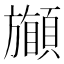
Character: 𩔽